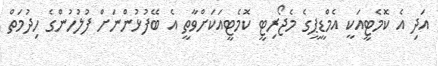
އަދި އެ ކޮމެޓީއަކީ އެމްޑީޕީގެ މެޖޯރިޓީ ކޮމެޓީއަކަށްވާތީ އެ ބޭފުޅުންނަށް ފުލުހުންގެ ހިދުމަތް